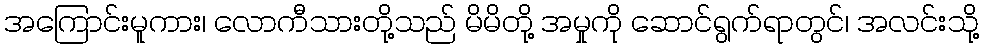
အကြောင်းမူကား၊ လောကီသားတို့သည် မိမိတို့ အမှုကို ဆောင်ရွက်ရာတွင်၊ အလင်းသို့